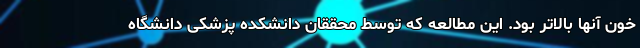
خون آنها بالاتر بود. این مطالعه که توسط محققان دانشکده پزشکی دانشگاه